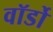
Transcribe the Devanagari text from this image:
वॉर्डो